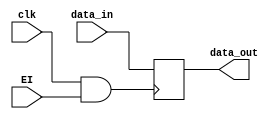
`timescale 1ns/1ps
module register4(input clk, input [3:0] data_in, input EI, output reg [3:0] data_out);
wire CLK;
assign CLK=(clk & EI);
always @(posedge CLK)
begin
    data_out <= data_in;
end
endmodule